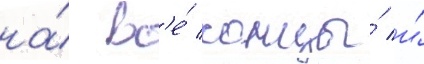
на́ вс'е́ концы́ и́